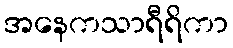
အနေကသာရီရိကာ